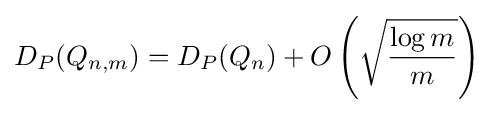
D_{P}(Q_{n,m})=D_{P}(Q_{n})+O\left({\sqrt {\frac {\log m}{m}}}\right)